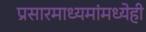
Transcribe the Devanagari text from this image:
प्रसारमाध्यमांमध्येही